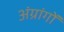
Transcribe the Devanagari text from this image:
अंग्रांगों